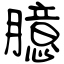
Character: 臆